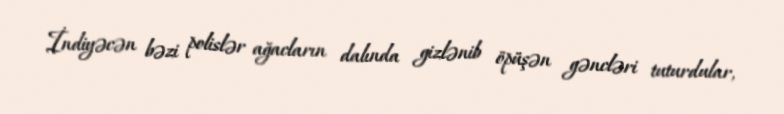
İndiyəcən bəzi polislər ağacların dalında gizlənib öpüşən gəncləri tuturdular,